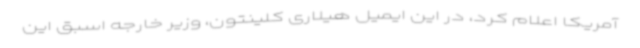
آمریکا اعلام کرد، در این ایمیل هیلاری کلینتون، وزیر خارجه اسبق این